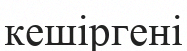
кешіргені